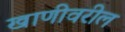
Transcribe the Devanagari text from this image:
खाणीवरील